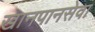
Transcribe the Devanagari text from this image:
खानपानसेवा